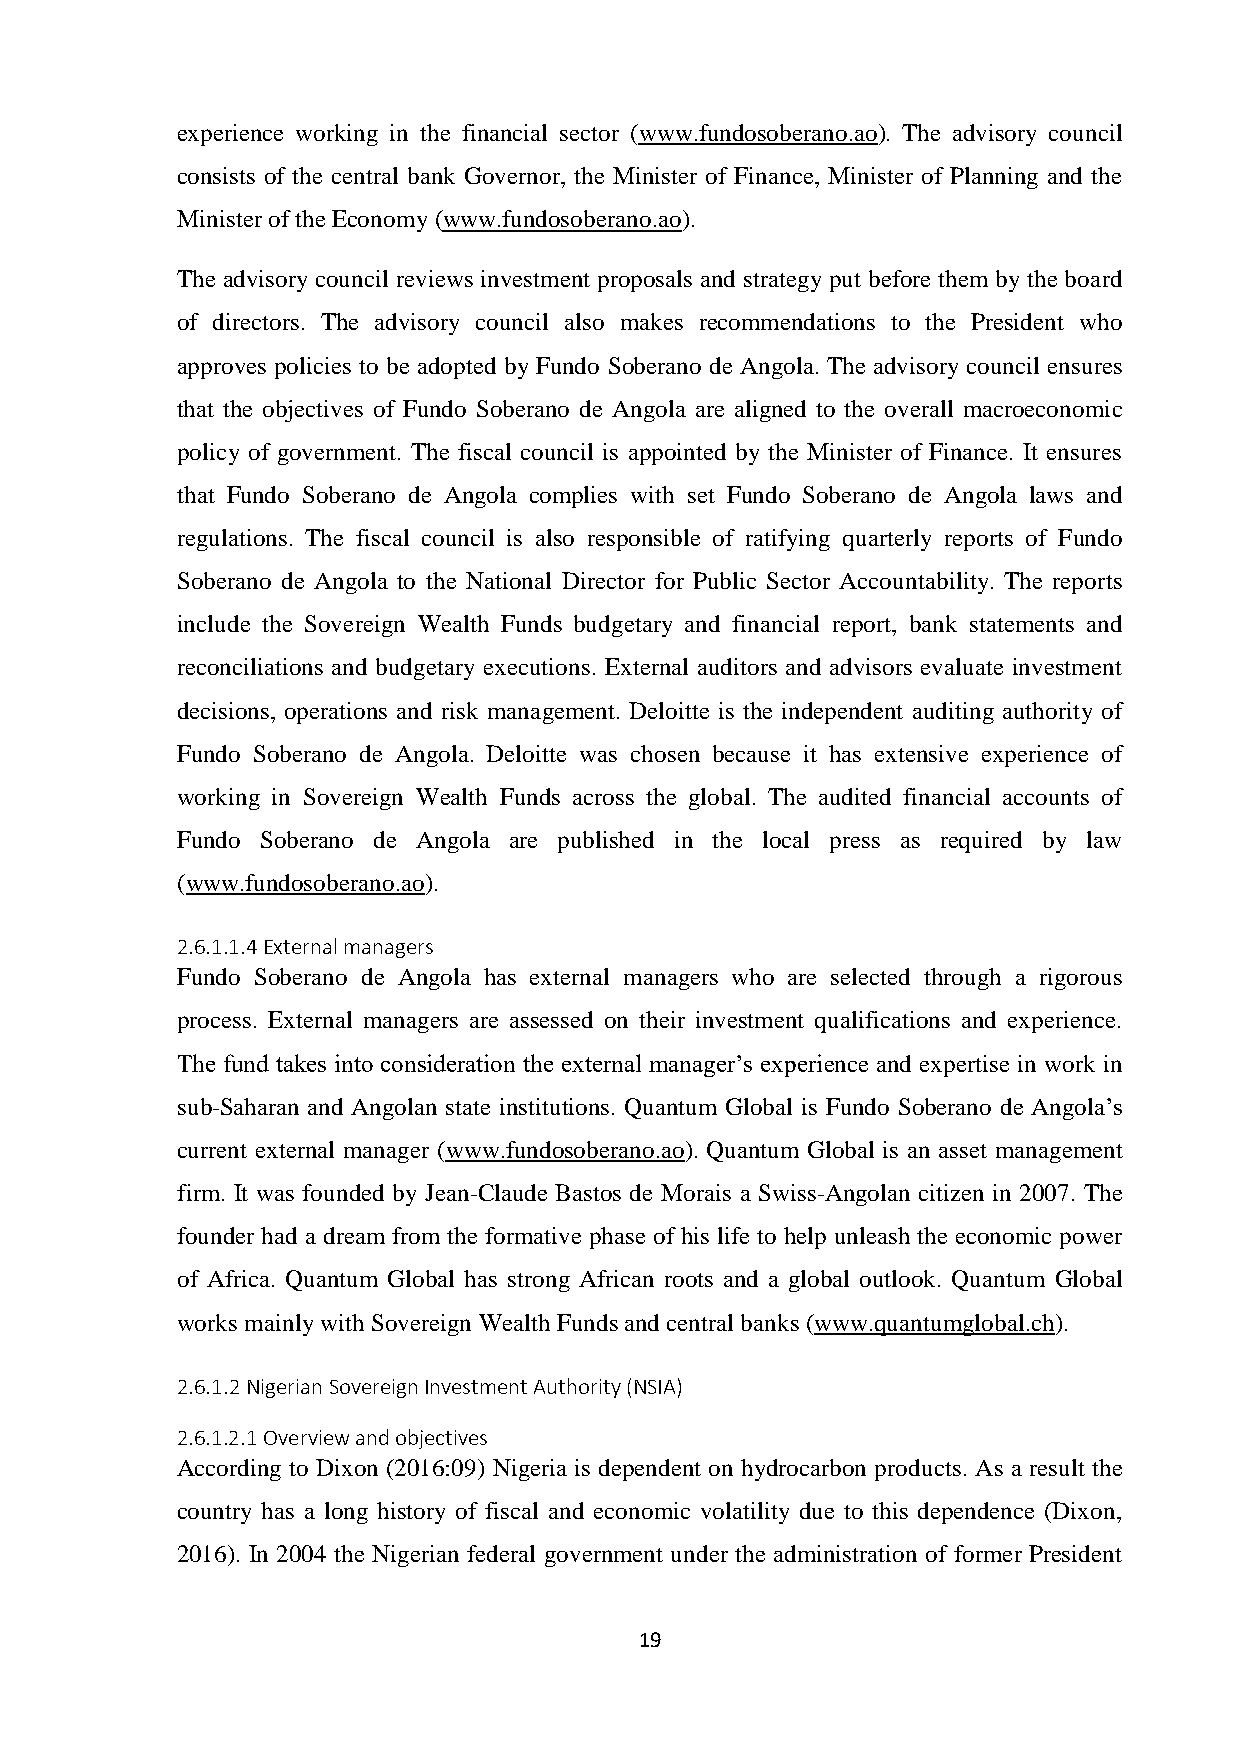
experience working in the financial sector (www.fundosoberano.ao). The advisory council
 consists of the central bank Governor, the Minister of Finance, Minister of Planning and the
 Minister of the Economy (www.fundosoberano.ao).
 The advisory council reviews investment proposals and strategy put before them by the board
 of directors. The advisory council also makes recommendations to the President who
 approves policies to be adopted by Fundo Soberano de Angola. The advisory council ensures
 that the objectives of Fundo Soberano de Angola are aligned to the overall macroeconomic
 policy of government. The fiscal council is appointed by the Minister of Finance. It ensures
 that Fundo Soberano de Angola complies with set Fundo Soberano de Angola laws and
 regulations. The fiscal council is also responsible of ratifying quarterly reports of Fundo
 Soberano de Angola to the National Director for Public Sector Accountability. The reports
 include the Sovereign Wealth Funds budgetary and financial report, bank statements and
 reconciliations and budgetary executions. External auditors and advisors evaluate investment
 decisions, operations and risk management. Deloitte is the independent auditing authority of
 Fundo Soberano de Angola. Deloitte was chosen because it has extensive experience of
 working in Sovereign Wealth Funds across the global. The audited financial accounts of
 Fundo Soberano de Angola are published in the local press as required by law
 (www.fundosoberano.ao).
 2.6.1.1.4 External managers
 Fundo Soberano de Angola has external managers who are selected through a rigorous
 process. External managers are assessed on their investment qualifications and experience.
 The fund takes into consideration the external manager’s experience and expertise in work in
 sub-Saharan and Angolan state institutions. Quantum Global is Fundo Soberano de Angola’s
 current external manager (www.fundosoberano.ao). Quantum Global is an asset management
 firm. It was founded by Jean-Claude Bastos de Morais a Swiss-Angolan citizen in 2007. The
 founder had a dream from the formative phase of his life to help unleash the economic power
 of Africa. Quantum Global has strong African roots and a global outlook. Quantum Global
 works mainly with Sovereign Wealth Funds and central banks (www.quantumglobal.ch).
 2.6.1.2 Nigerian Sovereign Investment Authority (NSIA)
 2.6.1.2.1 Overview and objectives
 According to Dixon (2016:09) Nigeria is dependent on hydrocarbon products. As a result the
 country has a long history of fiscal and economic volatility due to this dependence (Dixon,
 2016). In 2004 the Nigerian federal government under the administration of former President
 19